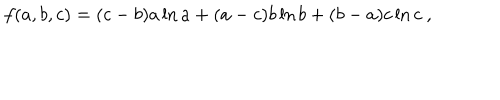
f ( a , b , c ) = ( c - b ) a \ln a + ( a - c ) b \ln b + ( b - a ) c \ln c ~ ,